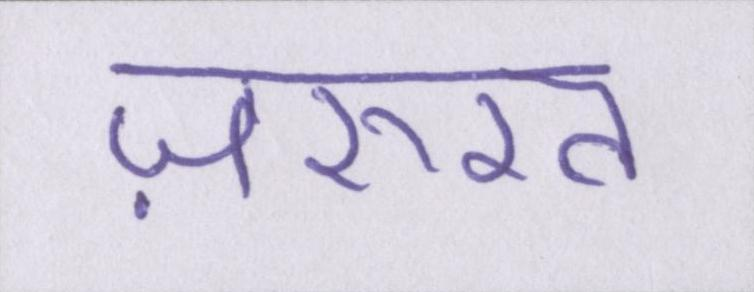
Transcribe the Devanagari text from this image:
ज़रुरत